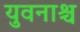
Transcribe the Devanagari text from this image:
युवनाश्च